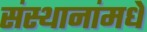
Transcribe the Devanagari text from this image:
संस्थानांमधे